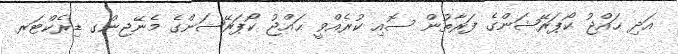
އަދި ޙައްޖު ކޯޕަރޭޝަންގެ ފަރާތުން ސޮއި ކުރެއްވީ ޙައްޖު ކޯޕަރޭޝަންގެ މެނޭޖިންގ ޑިރެކްޓަރ